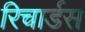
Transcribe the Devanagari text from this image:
रिचार्डस